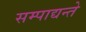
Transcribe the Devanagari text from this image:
सम्पाद्यन्ते